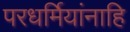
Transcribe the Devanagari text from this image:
परधर्मियांनाहि